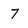
Character: 7